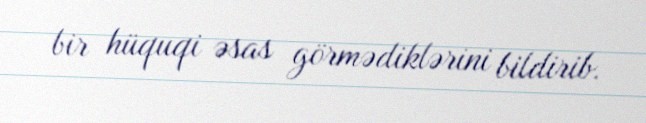
bir hüquqi əsas görmədiklərini bildirib.